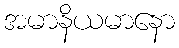
အမာနိယမာနော